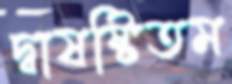
দ্বাষষ্টিতম